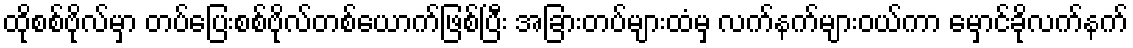
ထိုစစ်ဗိုလ်မှာ တပ်ပြေးစစ်ဗိုလ်တစ်ယောက်ဖြစ်ပြီး အခြားတပ်များထံမှ လက်နက်များဝယ်ကာ မှောင်ခိုလက်နက်